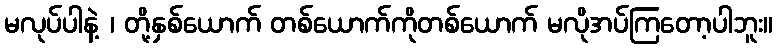
မလုပ်ပါနဲ့ ၊ တို့နှစ်ယောက် တစ်ယောက်ကိုတစ်ယောက် မလိုအပ်ကြတော့ပါဘူး။